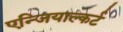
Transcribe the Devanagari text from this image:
एन्जियाल्कर्ट